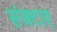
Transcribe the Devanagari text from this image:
संक्टाए